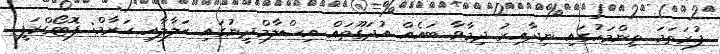
ފުރަތަމަ ތިންމަހުގައި ނިދާއިރު ދިމާވާ ބައެއް އުދަގޫތައް އިސްލާމްދީނުގައި ޙަލާލާއި ޙަރާމް: ފޮޓޯގްރަފީ